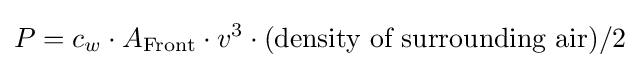
P=c_{w}\cdot A_{\rm {Front}}\cdot v^{3}\cdot ({\mbox{density of surrounding air}})/2